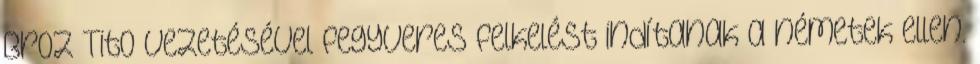
Broz Tito vezetésével fegyveres felkelést indítanak a németek ellen.